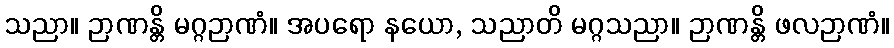
သညာ။ ဉာဏန္တိ မဂ္ဂဉာဏံ။ အပရော နယော, သညာတိ မဂ္ဂသညာ။ ဉာဏန္တိ ဖလဉာဏံ။